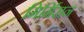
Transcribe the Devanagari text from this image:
मिर्मिरान